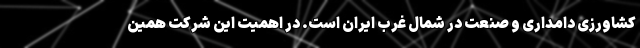
کشاورزی دامداری و صنعت در شمال غرب ایران است. در اهمیت این شرکت همین